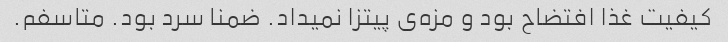
کیفیت غذا افتضاح بود و مزه‌ی پیتزا نمیداد. ضمنا سرد بود. متاسفم.